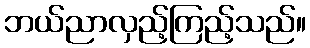
ဘယ်ညာလှည့်ကြည့်သည်။